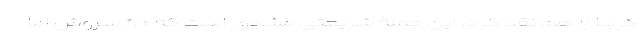
کربلا را هم نقد کرد. این جملۀ شریعتی مشهور است که «‌ .» سروش اما